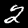
Digit: 2